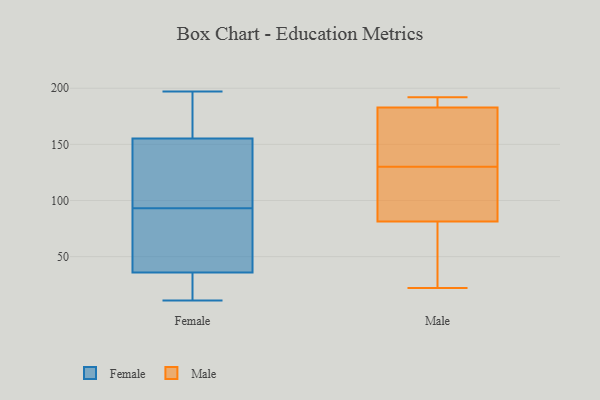
{"axis": {"x": "Budget (USD K)", "y": "Value"}, "legend": ["Female", "Male"], "data": [{"x": "", "y": 32, "type": "Female"}, {"x": "", "y": 196, "type": "Female"}, {"x": "", "y": 17, "type": "Female"}, {"x": "", "y": 21, "type": "Female"}, {"x": "", "y": 93, "type": "Female"}, {"x": "", "y": 37, "type": "Female"}, {"x": "", "y": 45, "type": "Female"}, {"x": "", "y": 109, "type": "Female"}, {"x": "", "y": 122, "type": "Female"}, {"x": "", "y": 153, "type": "Female"}, {"x": "", "y": 177, "type": "Female"}, {"x": "", "y": 134, "type": "Female"}, {"x": "", "y": 73, "type": "Female"}, {"x": "", "y": 162, "type": "Female"}, {"x": "", "y": 11, "type": "Female"}, {"x": "", "y": 44, "type": "Female"}, {"x": "", "y": 197, "type": "Female"}, {"x": "", "y": 64, "type": "Male"}, {"x": "", "y": 130, "type": "Male"}, {"x": "", "y": 28, "type": "Male"}, {"x": "", "y": 114, "type": "Male"}, {"x": "", "y": 187, "type": "Male"}, {"x": "", "y": 22, "type": "Male"}, {"x": "", "y": 98, "type": "Male"}, {"x": "", "y": 168, "type": "Male"}, {"x": "", "y": 176, "type": "Male"}, {"x": "", "y": 192, "type": "Male"}, {"x": "", "y": 30, "type": "Male"}, {"x": "", "y": 182, "type": "Male"}, {"x": "", "y": 87, "type": "Male"}, {"x": "", "y": 87, "type": "Male"}, {"x": "", "y": 188, "type": "Male"}, {"x": "", "y": 168, "type": "Male"}, {"x": "", "y": 185, "type": "Male"}]}